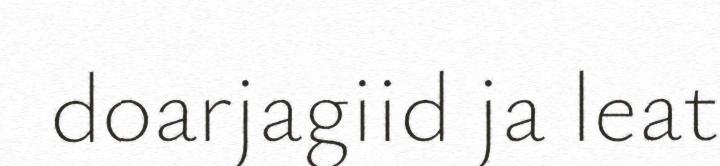
doarjagiid ja leat